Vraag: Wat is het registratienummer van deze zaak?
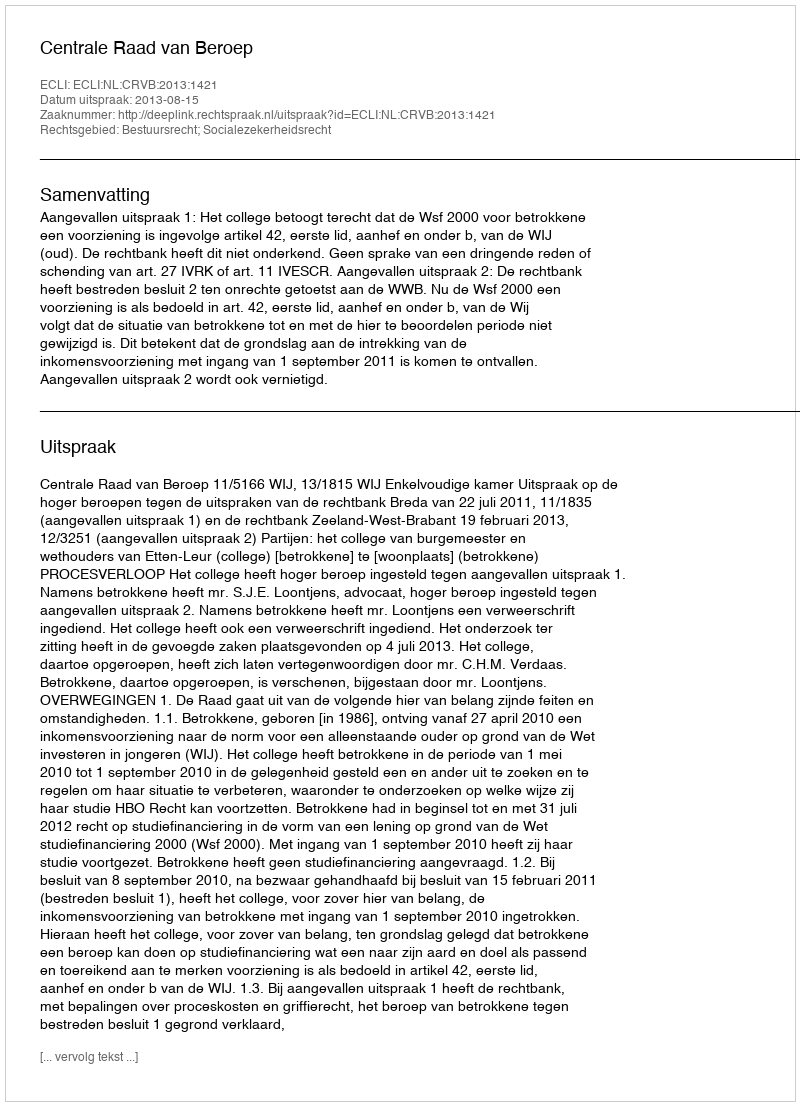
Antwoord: http://deeplink.rechtspraak.nl/uitspraak?id=ECLI:NL:CRVB:2013:1421